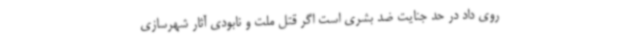
روی داد در حد جنایت ضد بشری است اگر قتل ملت و نابودی آثار شهرسازی